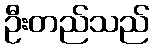
ဦးတည်သည်